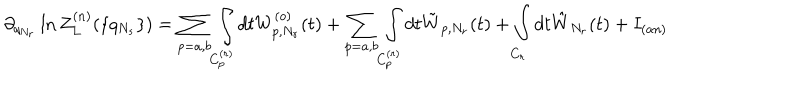
\partial _ { q _ { N _ { r } } } \ln Z _ { L } ^ { ( n ) } ( \{ q _ { N _ { s } } \} ) = \sum _ { p = a , b } \int _ { C _ { p } ^ { ( r ) } } d t W _ { p , N _ { r } } ^ { ( o ) } ( t ) + \sum _ { p = a , b } \int _ { C _ { p } ^ { ( r ) } } d t \tilde { W } _ { p , N _ { r } } ( t ) + \int _ { C _ { r } } d t \hat { W } _ { N _ { r } } ( t ) + I _ { ( a n ) }